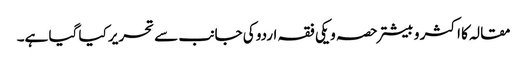
مقالہ کا اکثر و بیشتر حصہ ویکی فقہ اردو کی جانب سے تحریر کیا گیا ہے۔